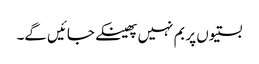
بستیوں پر بم نہیں پھینکے جائیں گے۔